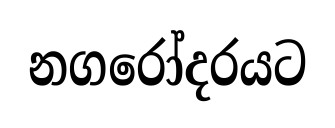
නගරෝදරයට